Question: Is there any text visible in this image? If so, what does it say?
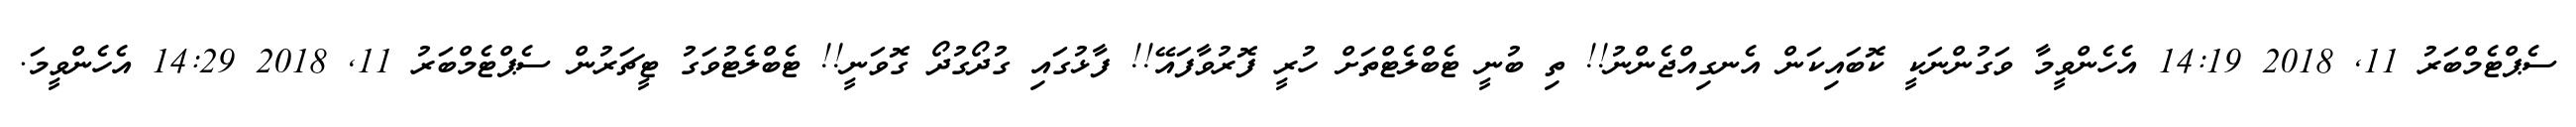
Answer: ސެޕްޓެމްބަރު 11, 2018 14:19 އެހެންވީމާ ވަގުންނަކީ ކޮބައިކަން އެނގިއްޖެންނު!! ތި ބުނީ ޓެބްލެޓްތަށް ހުރީ ފޮރުވާފައޭ!! ފާޅުގައި ގުދޯގުދޯ ގޮވަނީ!! ޓެބްލެޓުވަގު ޓީޗަރުން ސެޕްޓެމްބަރު 11, 2018 14:29 އެހެންވީމަ.